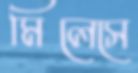
মিলেসে